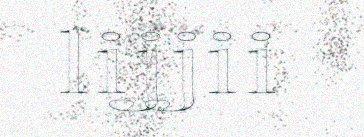
lijjii